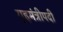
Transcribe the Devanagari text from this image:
गृहमंत्रीपदी